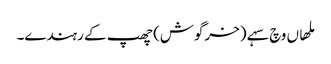
ملھاں وچ سہے (خرگوش) چھپ کے رہندے۔